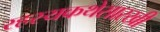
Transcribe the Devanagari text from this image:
रहस्यकथेसारखी